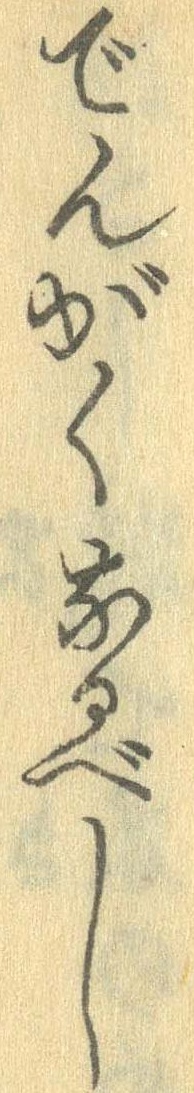
でんがくなるべし